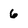
Character: 6